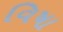
વિષા